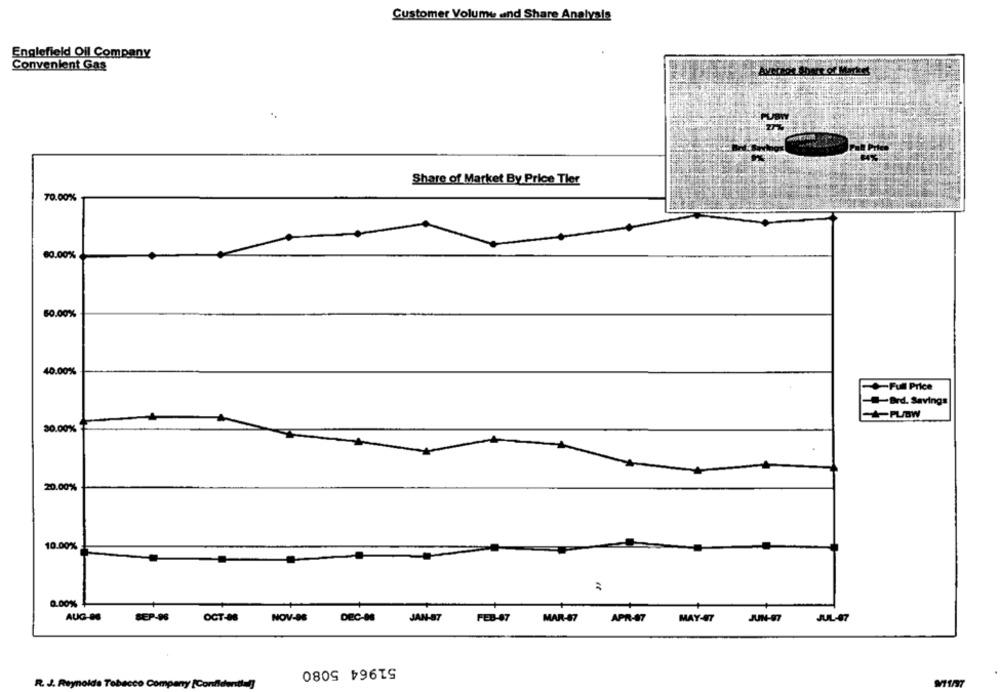
Customer Volume and Share Analysis
Englefield Oil Company
Convenient Gas
Share of Market By Price Tler
70.00%
60.00%
60.00%
40.00%
Full Price
-- Brd. Savings
-PUBW
30.00%
20.00%
10.00%
0.00%
AUG-06
SEP-96
OCT-06
NOV-96
DEC-N
JAN-87
FEB-87
MAR-87
APR-27
MAY-47
JUN-97
JUL-47
51964 5080
R. J. Reynolds Tobacco Company [Confidential]